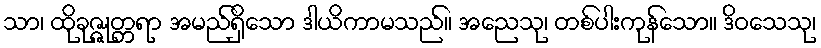
သာ၊ ထိုခုဇ္ဇုတ္တရာ အမည်ရှိသော ဒါယိကာမသည်။ အညေသု၊ တစ်ပါးကုန်သော။ ဒိဝသေသု၊